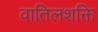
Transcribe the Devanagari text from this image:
वातिलशक्ति